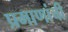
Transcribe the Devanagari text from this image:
प्रमाणांची